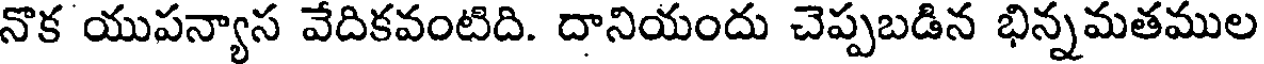
నొక యుపన్యాస వేదికవంటిది. దానియందు చెప్పబడిన భిన్నమతముల